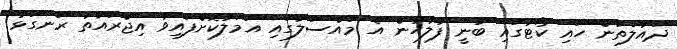
ދައުލަތުން ހައި ކޯޓުގައި ބުނީ ފުލުހުން އެ މައްސަލާގައި އަމަލުކޮށްފައިވާ އިޖްރައާތު ރަނގަޅު